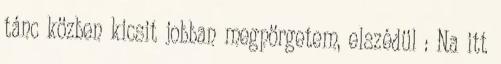
tánc közben kicsit jobban megpörgetem, elszédül : Na itt